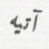
آتيه